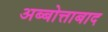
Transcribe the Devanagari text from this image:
अब्बोत्ताबाद